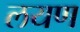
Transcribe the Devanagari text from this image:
लयण